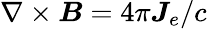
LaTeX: \nabla\times\boldsymbol{\mathit{B}}=4\pi\boldsymbol{J}_{e}/c